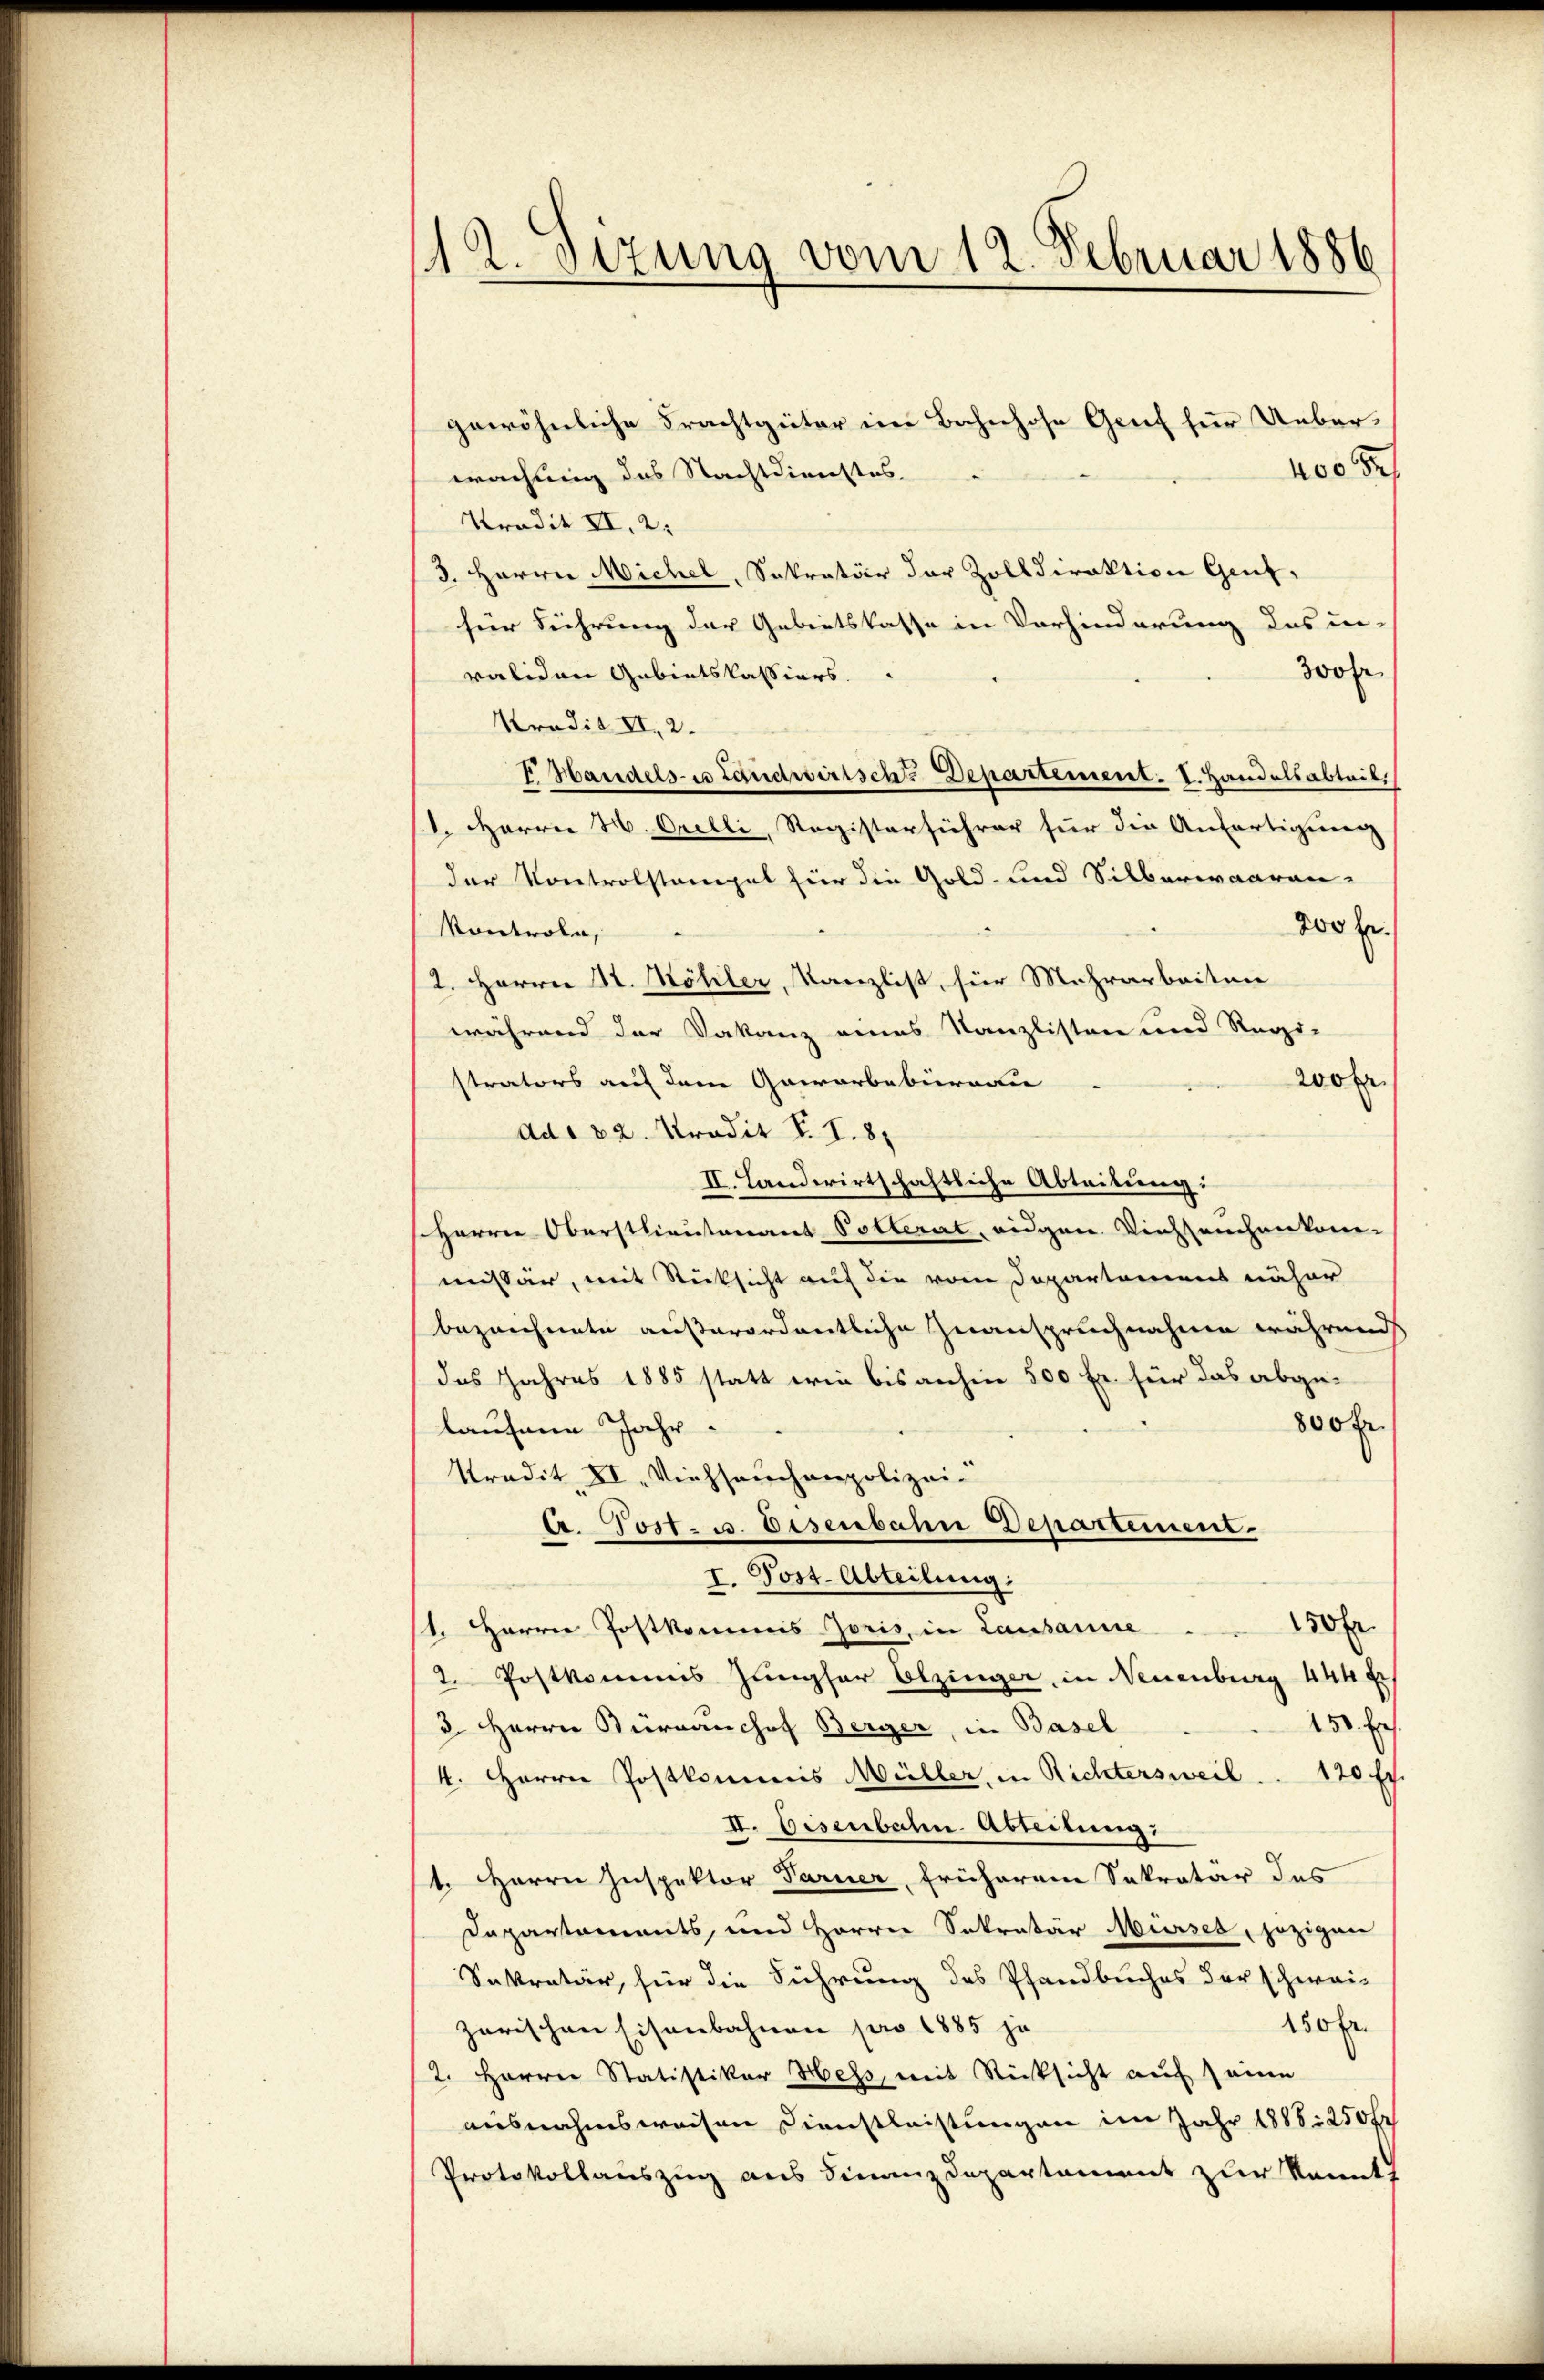
112. Setzung vom 12. Februar 1886

gewöhnliche Frachtgeter im Bahnhofe Genf für Ueber¬
400
wachung des Nachtdienstes.
Tradit II, 2:
3. Herrn Michel, Sekretär der Zolldirektion Genf,
für Führung der Gebietskasse in Vorhinderung des in-
rofe
validen Gebietskassiers.
Kredit II, 2.
I Handels es Landwirtsche Departement. I. Handelsabteil,
1. Herren H. Orelli, Registerführer für die Anfortigung
der Kontrolstempel für die Gold- und Silberwaaren-
200 Fr.
Kontrole,
2. Herrn St. Köhler, Kanzlist, für Mehrarbeiten
während der Vakanz eines Kanzlisten und Regi-
strators auf dem Gewerbebureau
wohr
ddo 22. Kredit F. I. 8.
II. Landwirtschaftliche Abteilung:
seHerrn Oberstlieutenant Potterat, eidgen. Viehseuchenkon-
missär, mit Rücksicht auf die vom Departamens näher
bezeichnete außerordentliche Zuanspruchnahme während
das Jahres 1885 statt wie bisanhin 500 Fr. für das abge¬
800 fr.
laufene Jahr
Tradit. XI. Viehseuchenpolizei-
E. Post- u. Eisenbahn Departement.
I. Post. Abteilung:
150fr
/1. Herrn Postkommis Joris, in Lausanne
2. Postkommis Jungfer Elzinger, in Neuenburg 444 f
150. Er
3 Herrn Sturmanchof Berger, in Basel
4. Herrn Postkommis Müller, in Richtersweil . . 120 Fr.
II. Bisenbahn. Abteilung:
1. Herrn Inspektor Paruer, früheren Sakrator des
Dapartements, und Herrn Sekretär Mürses, jezigen
Sekretär, für die Führung des Pfandbuches der schwei-
450 Fr.
zarischen Eisenbahnen pro 1885 ja
2. Herrn Statistikar Hess, mit Rücksicht auf seine
ausnahmsweisen Dienstleistungen im Jahr 1888. 250fr
Protokollauszug aus Finanzdepartement zur kannt